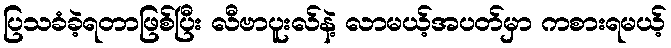
ပြသခံခဲ့ရတာဖြစ်ပြီး လီဗာပူးလ်နဲ့ လာမယ့်အပတ်မှာ ကစားရမယ့်